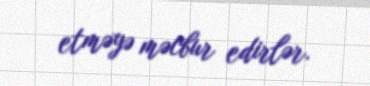
etməyə məcbur edirlər.